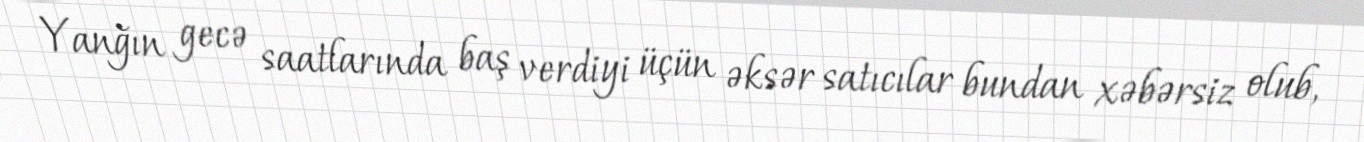
Yanğın gecə saatlarında baş verdiyi üçün əksər satıcılar bundan xəbərsiz olub,